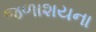
જળાશયના